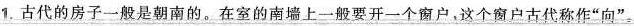
1.古代的房子一般是朝南的。在室的南墙上一般要开一个窗户，这个窗户古代称作”向”